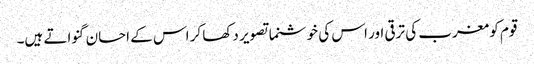
قوم کو مغرب کی ترقی اور اس کی خوشنما تصویر دکھا کر اس کے احسان گنواتے ہیں۔